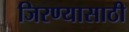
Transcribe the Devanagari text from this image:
जिरण्यासाठी